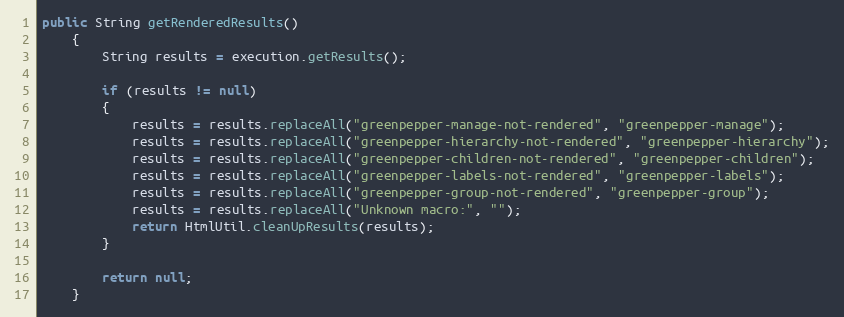
Language: Java
public String getRenderedResults()
    {
        String results = execution.getResults();

		if (results != null)
		{
			results = results.replaceAll("greenpepper-manage-not-rendered", "greenpepper-manage");
			results = results.replaceAll("greenpepper-hierarchy-not-rendered", "greenpepper-hierarchy");
			results = results.replaceAll("greenpepper-children-not-rendered", "greenpepper-children");
			results = results.replaceAll("greenpepper-labels-not-rendered", "greenpepper-labels");
			results = results.replaceAll("greenpepper-group-not-rendered", "greenpepper-group");
			results = results.replaceAll("Unknown macro:", "");
			return HtmlUtil.cleanUpResults(results);
		}

		return null;
	}